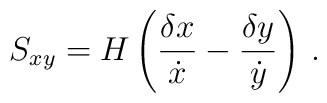
S_{xy} = H \left( {\delta{x}\over \dot{x}} - {\delta{y}\over \dot{y}} \right) \, .